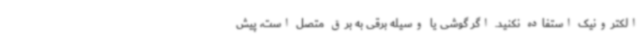
الکترونیک استفاده نکنید. اگر گوشی یا وسیله برقی به برق متصل است، پیش